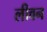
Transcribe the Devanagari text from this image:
लीवन